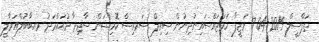
ތަފްސީލް 2019-04-17 ވަޒީފާ ހަމަޖައްސައިނުދިނުން ސިވިލް ސަރވިސް ކޮމިޝަން ސާޖިދާ މުޙައްމަދު މއ.ބާބުލްއަވާލީ